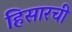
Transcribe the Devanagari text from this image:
हिसारची